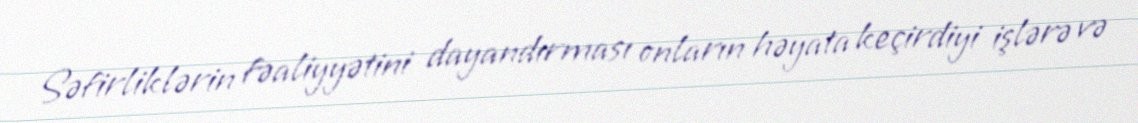
Səfirliklərin fəaliyyətini dayandırması onların həyata keçirdiyi işlərə və